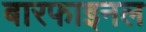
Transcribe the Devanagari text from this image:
बारफाइनल